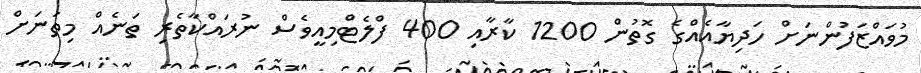
މުވައްޒަފުންނަށް ހަދިޔާއެއްގެ ގޮތުން 1200 ކާރާއި 400 ފްލެޓްމިއީވެސް ނުރައްކާތެރި ތަނެއް މިތަނަށް